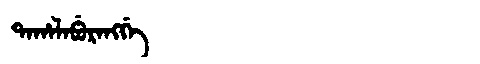
Manchu: ᡨᠠᡥᠠᠯᠠᠪᡠᡵᠠᠩᡤᡝ
Romanization: TAHALABURANGGE